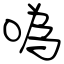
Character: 噅